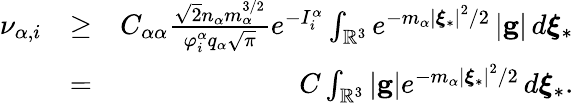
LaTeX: \begin{array}{rlr}{\nu_{\alpha,i}}&{\geq}&{C_{\alpha\alpha}\frac{\sqrt{2}n_{\alpha}m_{\alpha}^{3/2}}{\varphi_{i}^{\alpha}q_{\alpha}\sqrt{\pi}}e^{-I_{i}^{\alpha}}\int_{\mathbb{R}^{3}}e^{-m_{\alpha}\left\vert\boldsymbol{\xi}_{\ast}\right\vert^{2}/2}\left\vert\mathbf{g}\right\vert\, d\boldsymbol{\xi}_{\ast}}\\ &{=}&{C\int_{\mathbb{R}^{3}}\left\vert\mathbf{g}\right\vert e^{-m_{\alpha}\left\vert\boldsymbol{\xi}_{\ast}\right\vert^{2}/2}\, d\boldsymbol{\xi}_{\ast}\mathrm{.}}\end{array}